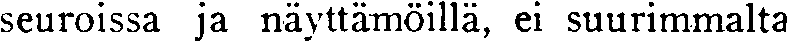
seuroissa ja näyttämöillä, ei suurimmalta